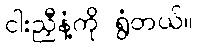
ငါးညှီနံ့ကို ရွံတယ်။